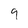
Character: 9